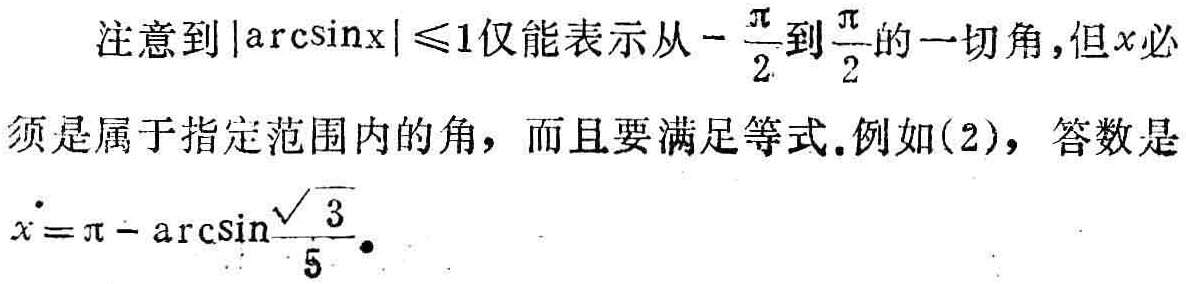
注意到\(\vert\arcsin x\vert\leqslant1\)仅能表示从\(-\frac{\pi}{2}\)到\(\frac{\pi}{2}\)的一切角,但\(x\)必须是属于指定范围内的角，而且要满足等式.例如(2)，答数是\(x = \pi - \arcsin\frac{\sqrt{3}}{5}\).